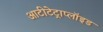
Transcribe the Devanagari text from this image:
आटीटेट्राप्लॉइड